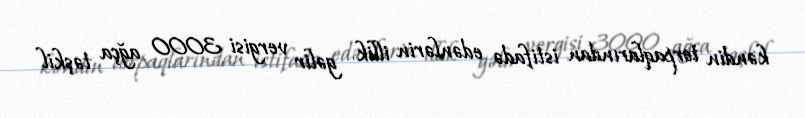
kəndin torpaqlarından istifadə edənlərin illik gəlir vergisi 3000 ağça təşkil